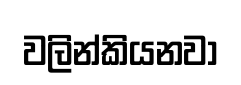
වලින්කියනවා